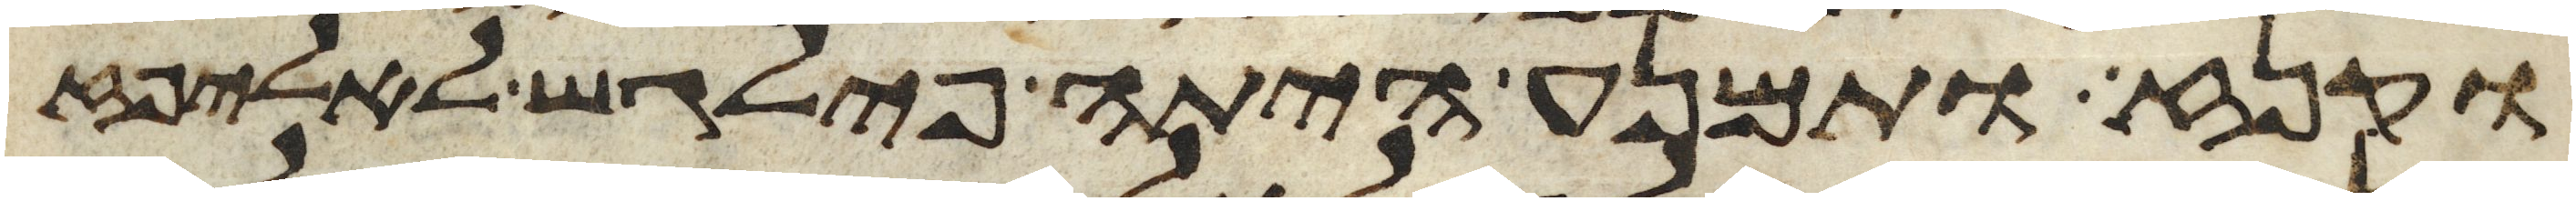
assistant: וקנז ותמנע היתה פילגש לאליפז